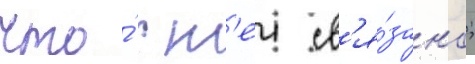
что́ с н'еи св'я́зано;